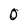
Character: 0